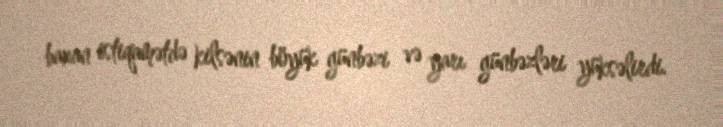
baxan istiqamətdə kilsənin böyük günbəzi və yarı günbəzləri yüksəlirdi.